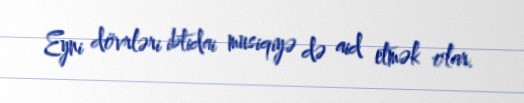
Eyni dövrləri ibtidai musiqiyə də aid etmək olar.